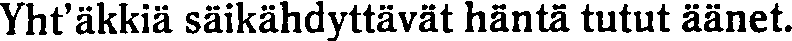
Yht'äkkiä säikähdyttävät häntä tutut äänet.